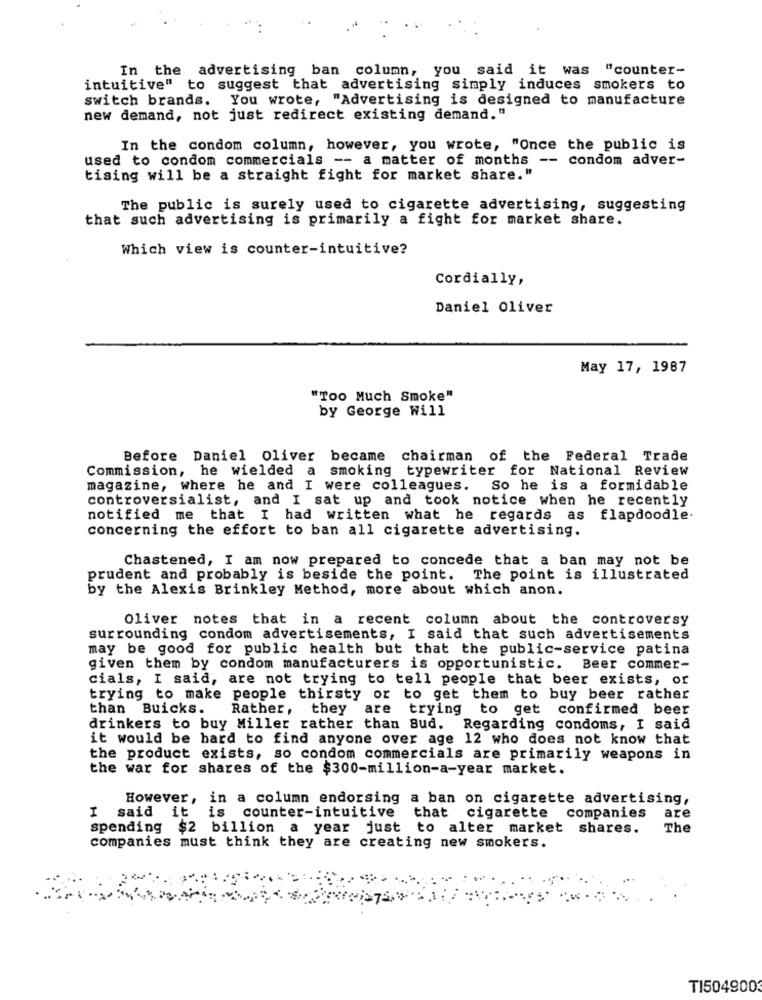
In the advertising ban column, you said it was "counter-
intuitive" to suggest that advertising simply induces smokers to
switch brands. You wrote, "Advertising is designed to manufacture
new demand, not just redirect existing demand."
In the condom column, however, you wrote, "Once the public is
used to condom commercials -- a matter of months -- condom adver-
tising will be a straight fight for market share."
The public is surely used to cigarette advertising, suggesting
that such advertising is primarily a fight for market share.
Which view is counter-intuitive?
Cordially,
Daniel Oliver
May 17, 1987
"Too Much Smoke"
by George Will
Before Daniel Oliver became chairman of the Federal Trade
Commission, he wielded a smoking typewriter for National Review
magazine, where he and I were colleagues. So he is a formidable
controversialist, and I sat up and took notice when he recently
notified me that I had written what he regards as flapdoodle.
concerning the effort to ban all cigarette advertising.
Chastened, I am now prepared to concede that a ban may not be
prudent and probably is beside the point. The point is illustrated
by the Alexis Brinkley Method, more about which anon.
Oliver notes that in a recent column about the controversy
surrounding condom advertisements, I said that such advertisements
may be good for public health but that the public-service patina
given them by condom manufacturers is opportunistic. Beer commer-
cials, I said, are not trying to tell people that beer exists, or
trying to make people thirsty or to get them to buy beer rather
than Buicks.
Rather, they are trying to get confirmed beer
drinkers to buy Miller rather than Sud. Regarding condoms, I said
it would be hard to find anyone over age 12 who does not know that
the product exists, so condom commercials are primarily weapons in
the war for shares of the $300-million-a-year market.
However, in a column endorsing a ban on cigarette advertising,
I
said
are
it
is counter-intuitive that cigarette companies
spending $2 billion a year just to alter market shares.
The
companies must think they are creating new smokers.
TI5049003